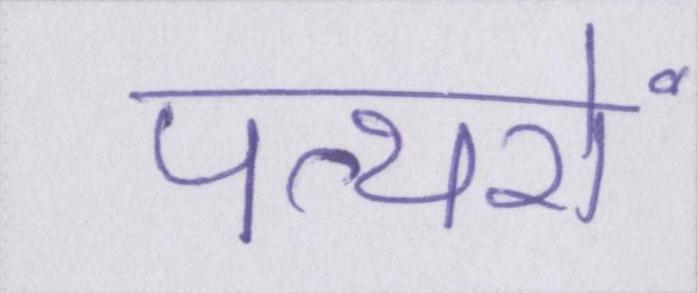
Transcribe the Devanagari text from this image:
पत्थरों